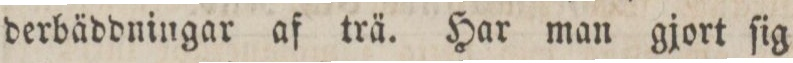
derbäddningar af trä. Har man gjort ſig